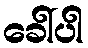
ခေါ်ပါ